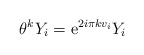
\begin{align*}\theta^k Y_i = {\rm e}^{2i\pi kv_i}Y_i\end{align*}